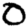
Digit: 0